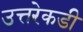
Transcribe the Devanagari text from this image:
उत्तरेकडी